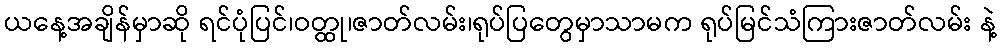
ယနေ့အချိန်မှာဆို ရင်ပုံပြင်၊ဝတ္ထု၊ဇာတ်လမ်း၊ရုပ်ပြတွေမှာသာမက ရုပ်မြင်သံကြားဇာတ်လမ်း နဲ့